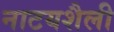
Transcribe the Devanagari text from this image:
नाटयशैली